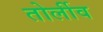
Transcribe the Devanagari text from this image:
तोर्लीव